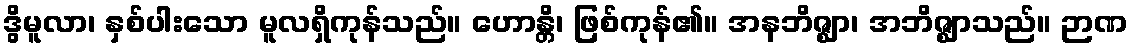
ဒွိမူလာ၊ နှစ်ပါးသော မူလရှိကုန်သည်။ ဟောန္တိ၊ ဖြစ်ကုန်၏။ အနဘိဇ္ဈာ၊ အဘိဇ္ဈာသည်။ ဉာဏ